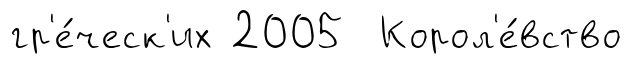
гр'е́ческ'их 2005 Корол'е́вство